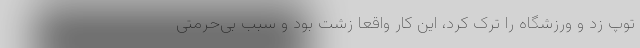
توپ زد و ورزشگاه را ترک کرد، این کار واقعا زشت بود و سبب بی‌حرمتی